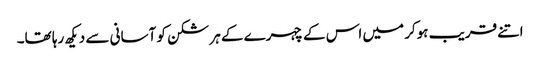
اتنے قریب ہوکر میں اس کے چہرے کے ہر شکن کو آسانی سے دیکھ رہا تھا۔